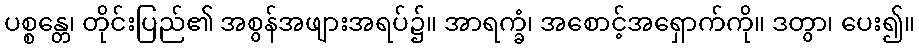
ပစ္စန္တေ၊ တိုင်းပြည်၏ အစွန်အဖျားအရပ်၌။ အာရက္ခံ၊ အစောင့်အရှောက်ကို။ ဒတွာ၊ ပေး၍။